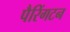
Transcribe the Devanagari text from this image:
पैरिंगटन